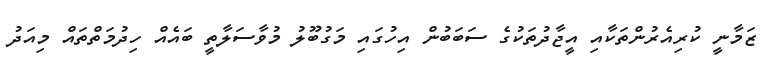
ޒަމާނީ ކުރިއެރުންތަކާއި އީޖާދުތަކުގެ ސަބަބުން އިހުގައި މަގުބޫލު މުވާސަލާތީ ބައެއް ހިދުމަތްތައް މިއަދު